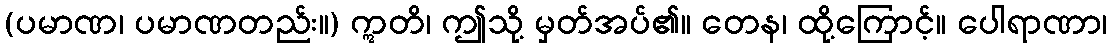
(ပမာဏ၊ ပမာဏတည်း။) ဣတိ၊ ဤသို့ မှတ်အပ်၏။ တေန၊ ထို့ကြောင့်။ ပေါရာဏာ၊